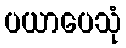
ပယာပေသုံ